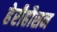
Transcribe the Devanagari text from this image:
हेरीहौसन